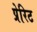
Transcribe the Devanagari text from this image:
प्रेरिट